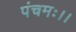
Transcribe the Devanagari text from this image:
पंचमः।।